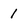
Character: 1